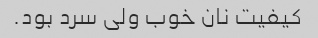
کیفیت نان خوب ولی سرد بود.